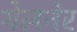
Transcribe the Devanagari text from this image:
गेलनेर